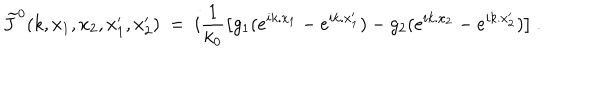
\widetilde J ^ { 0 } ( k , x _ { 1 } , x _ { 2 } , x _ { 1 } ^ { \prime } , x _ { 2 } ^ { \prime } ) \ = \ i \frac { 1 } { k _ { 0 } } \big [ g _ { 1 } ( e ^ { i k . x _ { 1 } } - e ^ { i k . x _ { 1 } ^ { \prime } } ) - g _ { 2 } ( e ^ { i k . x _ { 2 } } - e ^ { i k . x _ { 2 } ^ { \prime } } ) \big ] \ .